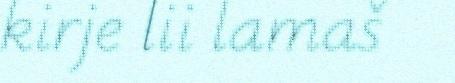
kirje lii lamaš